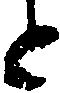
と